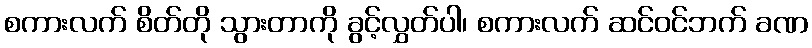
စကားလက် စိတ်တို သွားတာကို ခွင့်လွှတ်ပါ၊ စကားလက် ဆင်ဝင်ဘက် ခဏ